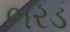
ભરડ